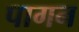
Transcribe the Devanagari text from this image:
पागन